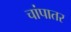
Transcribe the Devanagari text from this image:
चांपातर